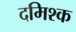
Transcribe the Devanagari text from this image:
दमिश्‍क